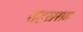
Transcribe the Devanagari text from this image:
सहस्रराम